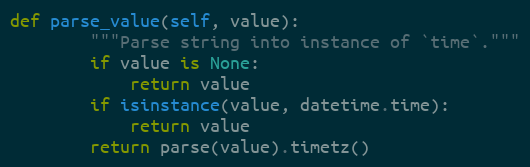
Language: Python
def parse_value(self, value):
        """Parse string into instance of `time`."""
        if value is None:
            return value
        if isinstance(value, datetime.time):
            return value
        return parse(value).timetz()